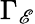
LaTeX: \Gamma_{\mathscr{E}}